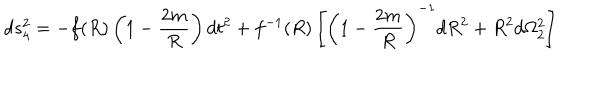
d s _ { 4 } ^ { 2 } = - f ( R ) \left( 1 - \frac { 2 m } { R } \right) d t ^ { 2 } + f ^ { - 1 } ( R ) \left[ \left( 1 - \frac { 2 m } { R } \right) ^ { - 1 } d R ^ { 2 } + R ^ { 2 } d \Omega _ { 2 } ^ { 2 } \right]